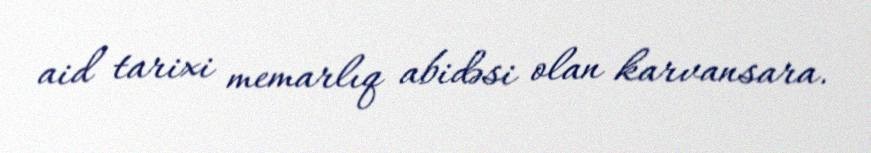
aid tarixi memarlıq abidəsi olan karvansara.